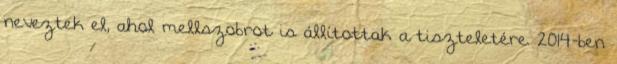
neveztek el, ahol mellszobrot is állítottak a tiszteletére. 2014-ben